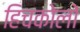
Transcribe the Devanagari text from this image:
हिचकोलों